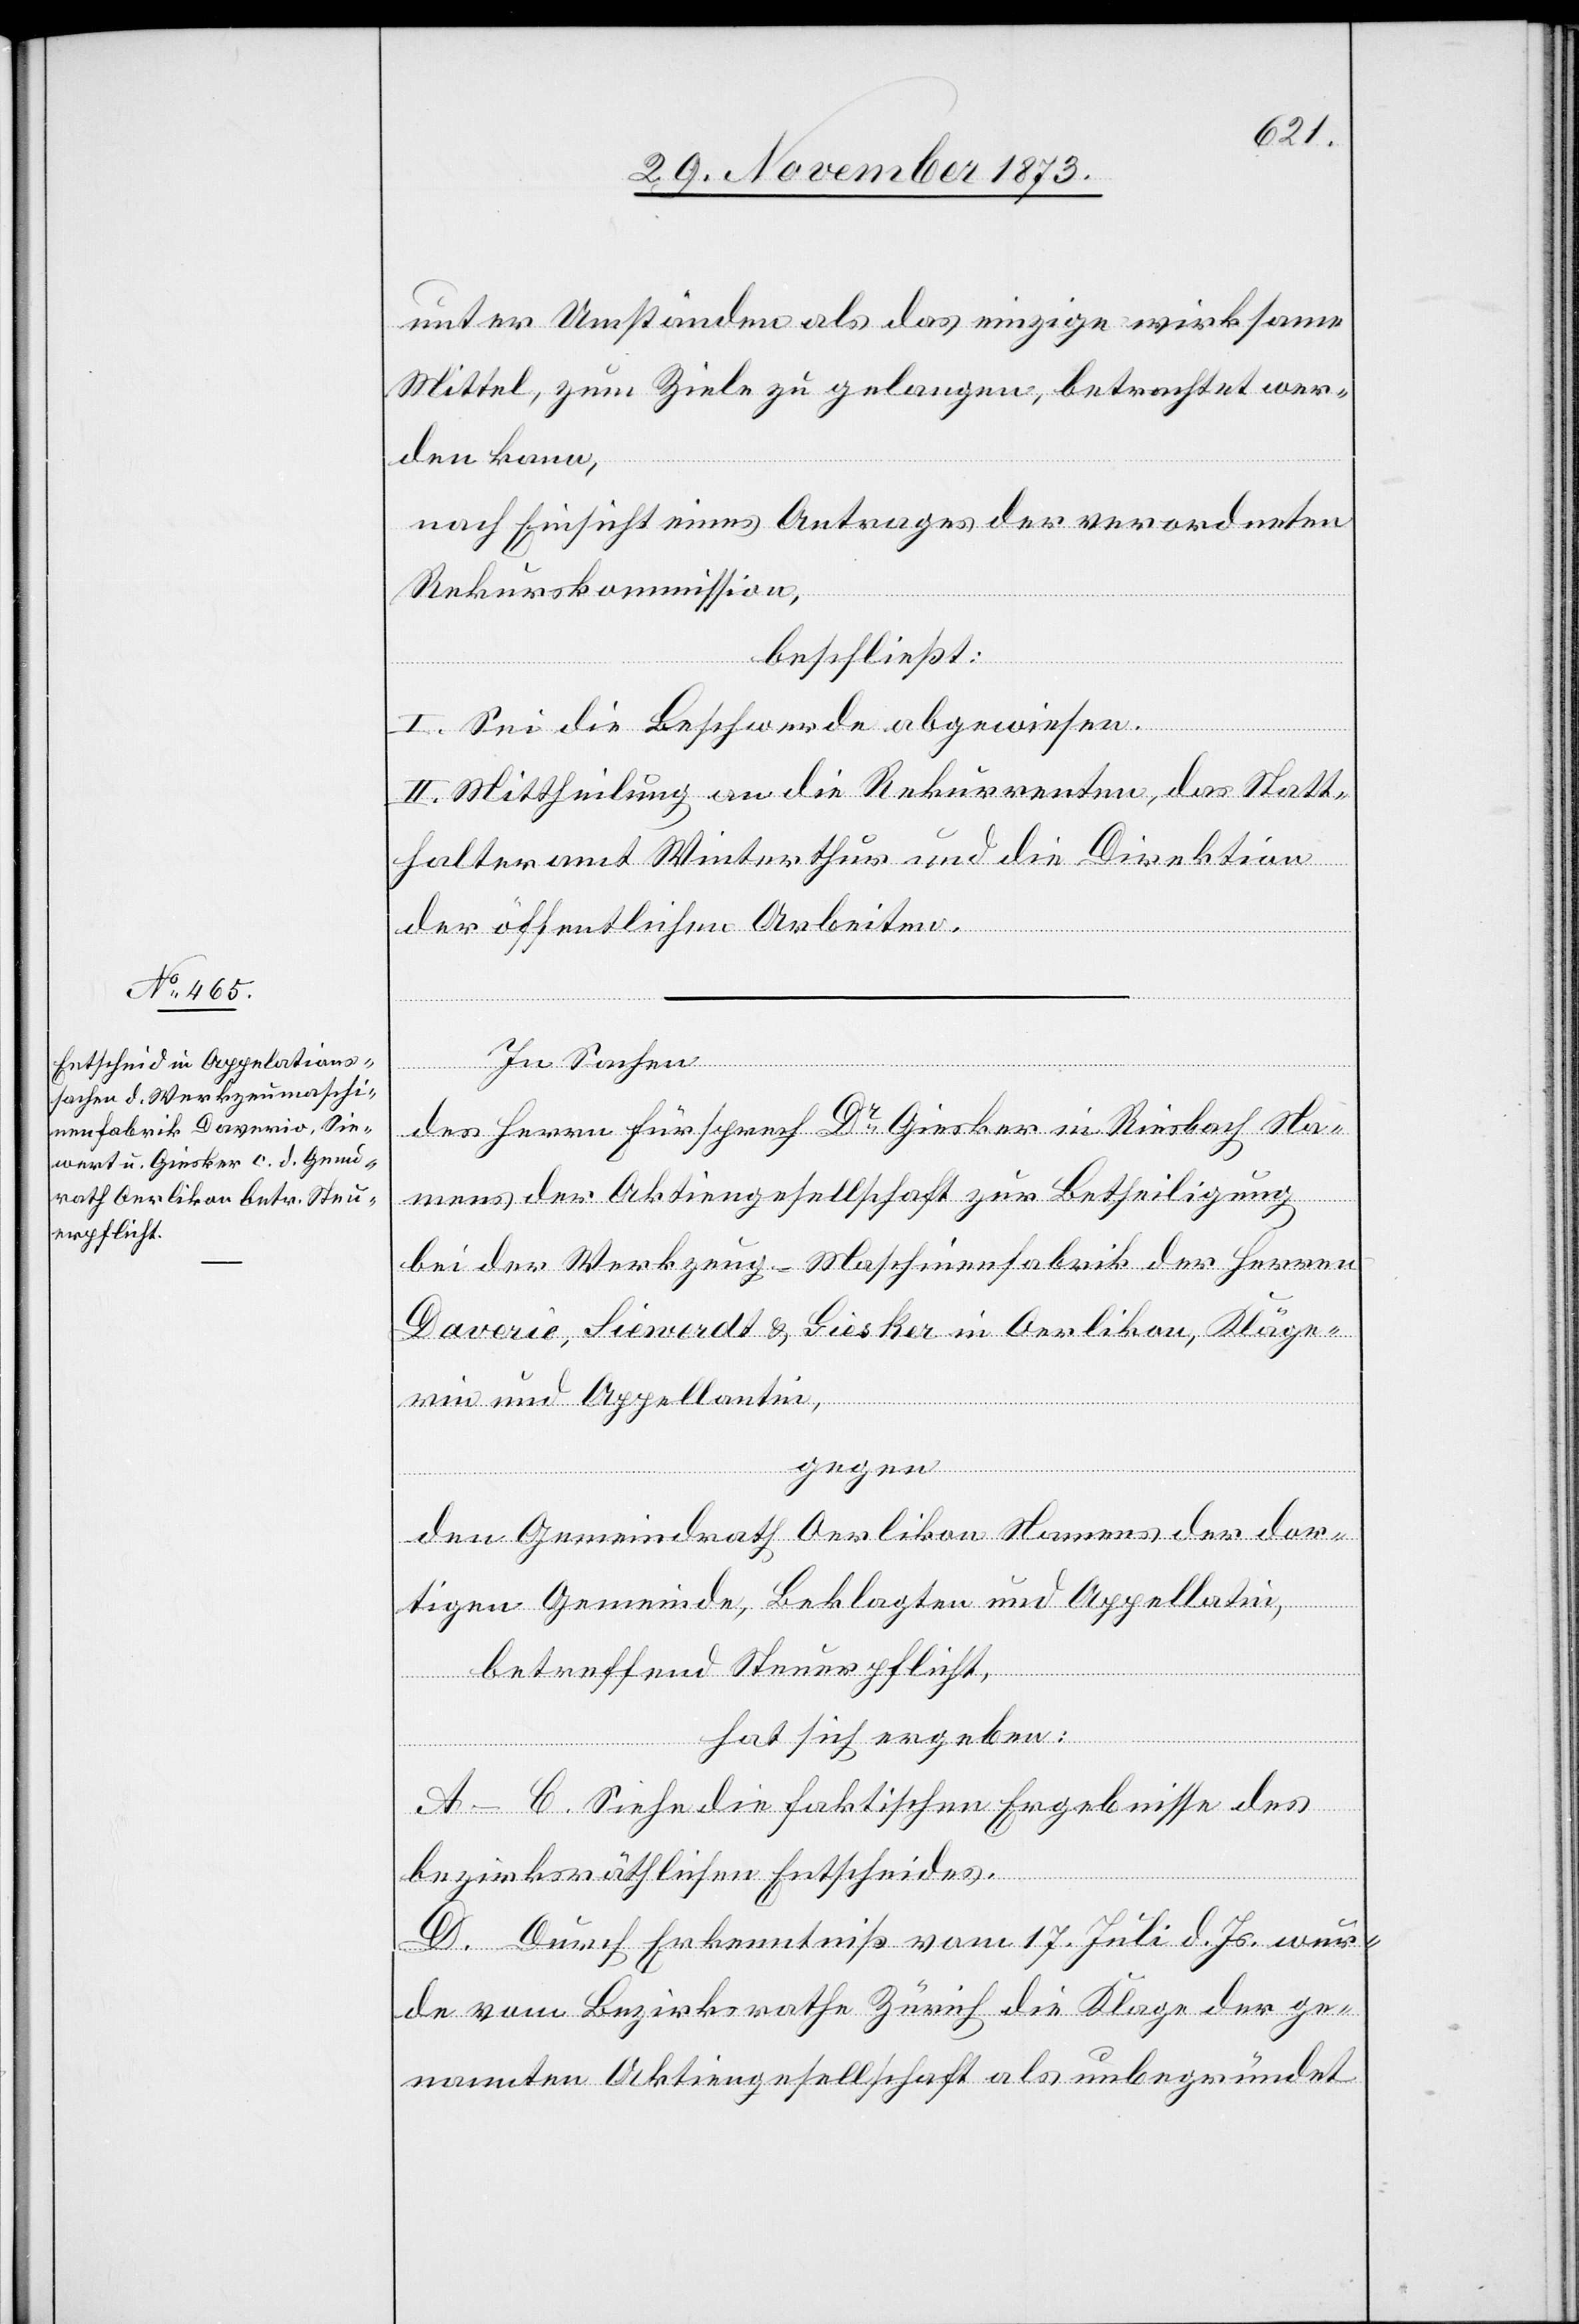
unter Umständen als das einzige wirksame
Mittel, zum Ziele zu gelangen, betrachtet wer¬
den kann,
nach Einsicht eines Antrages der verordneten
Rekurskommission,
beschließt:
I. Sei die Beschwerde abgewiesen.
II. Mittheilung an die Rekurrenten, das Statt¬
halteramt Winterthur und die Direktion
der öffentlichen Arbeiten.